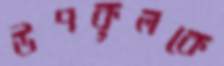
উপকূলকে